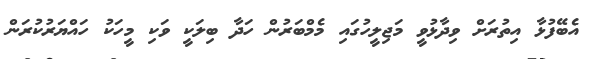
އެބޭފުޅާ އިތުރަށް ވިދާޅުވީ މަޖިލީހުގައި މެމްބަރުން ހަދާ ބިލަކީ ވަކި މީހަކު ހައްޔަރުކުރަން